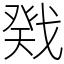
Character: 戣